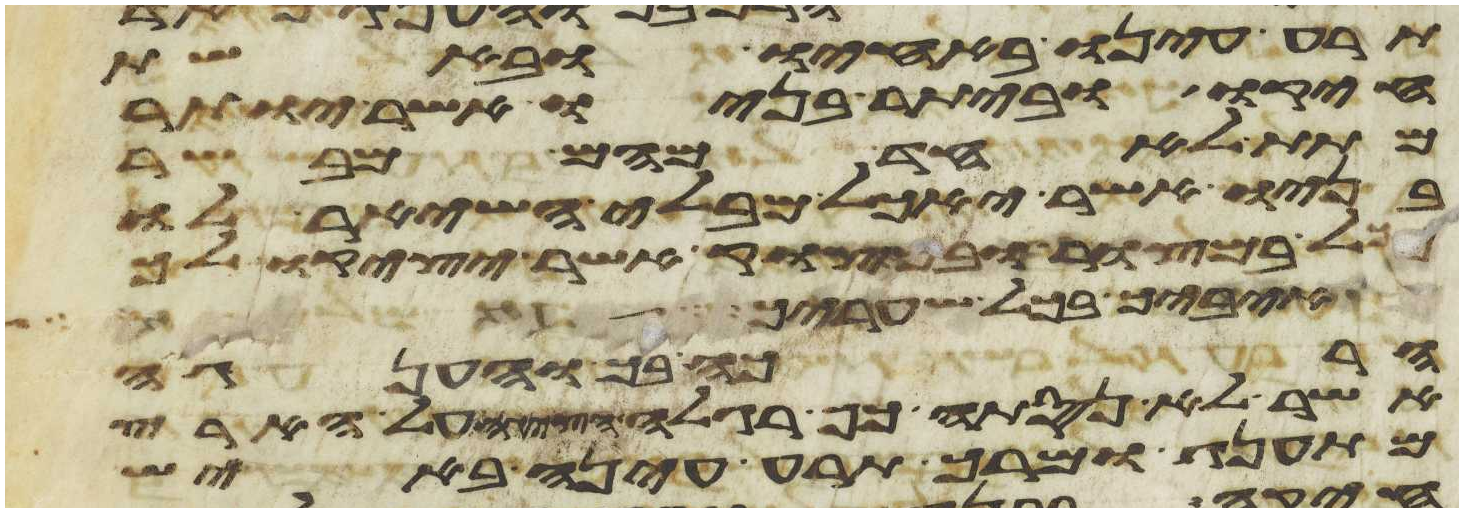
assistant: תרע עינו באחיו ובאשת
חיקו וביתר בניו אשר יותר
מתת לאחד מהם מבשר
בניו אשר יאכל מבלי השאיר לו
לך במצור ובמצוק אשר יציק לך
איביך בכל שעריך
הרכה בך והענגה
אשר לא נסתה כף רגלה הציגה על הארץ
מהתענג ומרך תרע עינה באיש